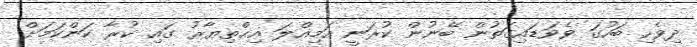
ދިވެހި ބަހުގަ ވެވަޑައިގަތުން ބޭނުން ކުރަނީ އަމިއްލަ އިޙްތިޔާރު ގައި ކުރާ ކަންކަމަށް